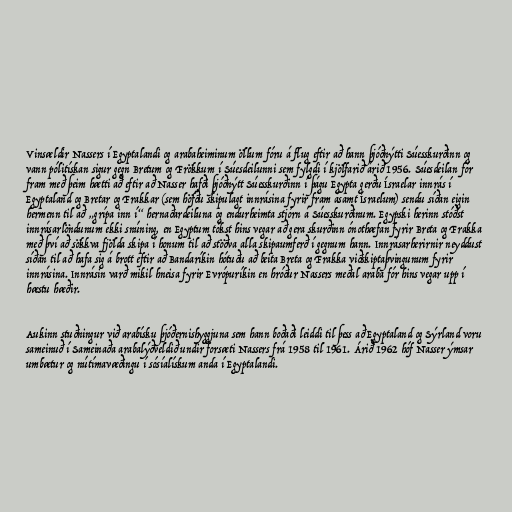
Vinsældir Nassers í Egyptalandi og arabaheiminum öllum fóru á flug eftir að hann þjóðnýtti Súesskurðinn og
vann pólitískan sigur gegn Bretum og Frökkum í Súesdeilunni sem fylgdi í kjölfarið árið 1956. Súesdeilan fór
fram með þeim hætti að eftir að Nasser hafði þjóðnýtt Súesskurðinn í þágu Egypta gerðu Ísraelar innrás í
Egyptaland og Bretar og Frakkar (sem höfðu skipulagt innrásina fyrir fram ásamt Ísraelum) sendu síðan eigin
hermenn til að „grípa inn í“ hernaðardeiluna og endurheimta stjórn á Súesskurðinum. Egypski herinn stóðst
innrásarlöndunum ekki snúning, en Egyptum tókst hins vegar að gera skurðinn ónothæfan fyrir Breta og Frakka
með því að sökkva fjölda skipa í honum til að stöðva alla skipaumferð í gegnum hann. Innrásarherirnir neyddust
síðan til að hafa sig á brott eftir að Bandaríkin hótuðu að beita Breta og Frakka viðskiptaþvingunum fyrir
innrásina. Innrásin varð mikil hneisa fyrir Evrópuríkin en hróður Nassers meðal araba fór hins vegar upp í
hæstu hæðir.

Aukinn stuðningur við arabísku þjóðernishyggjuna sem hann boðaði leiddi til þess að Egyptaland og Sýrland voru
sameinuð í Sameinaða arabalýðveldið undir forsæti Nassers frá 1958 til 1961. Árið 1962 hóf Nasser ýmsar
umbætur og nútímavæðingu í sósíalískum anda í Egyptalandi.